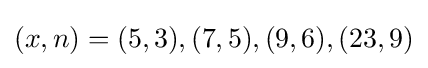
(x,n)=(5,3),(7,5),(9,6),(23,9)